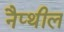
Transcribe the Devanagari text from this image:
नैप्थील